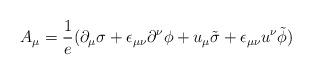
LaTeX: \begin{align*}A_{\mu} = {1\over e}(\partial_{\mu}\sigma +\epsilon_{\mu\nu}\partial^{\nu}\phi + u_{\mu}\tilde{\sigma} +\epsilon_{\mu\nu}u^{\nu}\tilde{\phi})\end{align*}